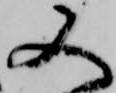
又